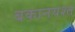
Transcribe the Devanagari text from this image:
बकानयश्त